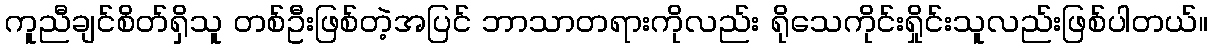
ကူညီချင်စိတ်ရှိသူ တစ်ဦးဖြစ်တဲ့အပြင် ဘာသာတရားကိုလည်း ရိုသေကိုင်းရှိုင်းသူလည်းဖြစ်ပါတယ်။